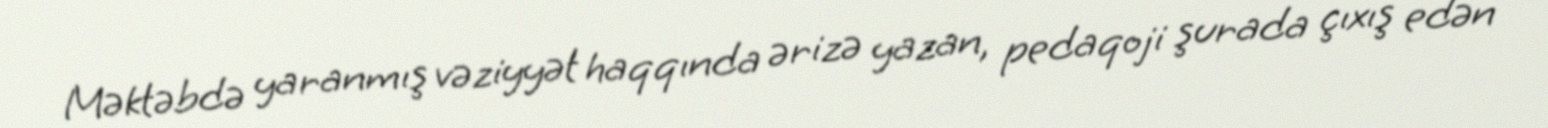
Məktəbdə yaranmış vəziyyət haqqında ərizə yazan, pedaqoji şurada çıxış edən